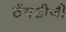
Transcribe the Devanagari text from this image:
ठेंगडीजी